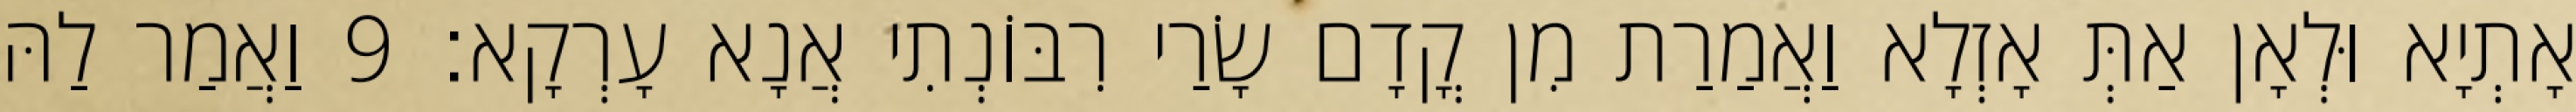
אָתְיָא וּלְאָן אַתְּ אָזְלָא וַאֲמַרַת מִן קֳדָם שָׂרַי רִבּוֹנְתִי אֲנָא עָרְקָא׃ 9 וַאֲמַר לַהּ